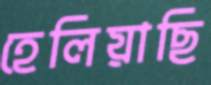
হেলিয়াছি